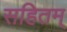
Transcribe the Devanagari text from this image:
सहितम्